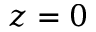
z = 0